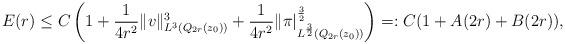
LaTeX: \begin{align*}E(r) &\leq C\left(1 + \frac{1}{4r^2} \|v\|^3_{L^3(Q_{2r}(z_0))} + \frac{1}{4r^2} \|\pi|^\frac{3}{2}_{L^\frac{3}{2}(Q_{2r}(z_0))}\right) =: C(1 + A(2r) + B(2r)),\end{align*}